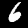
Digit: 6